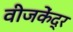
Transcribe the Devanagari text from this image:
वीजकेंद्र